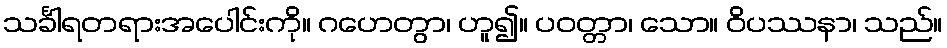
သင်္ခါရတရားအပေါင်းကို။ ဂဟေတွာ၊ ဟူ၍။ ပဝတ္တာ၊ သော။ ဝိပဿနာ၊ သည်။